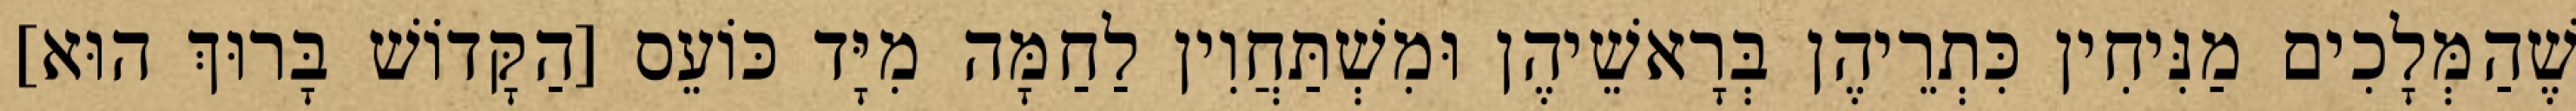
שֶׁהַמְּלָכִים מַנִּיחִין כִּתְרֵיהֶן בְּרָאשֵׁיהֶן וּמִשְׁתַּחֲוִין לַחַמָּה מִיָּד כּוֹעֵס [הַקָּדוֹשׁ בָּרוּךְ הוּא]